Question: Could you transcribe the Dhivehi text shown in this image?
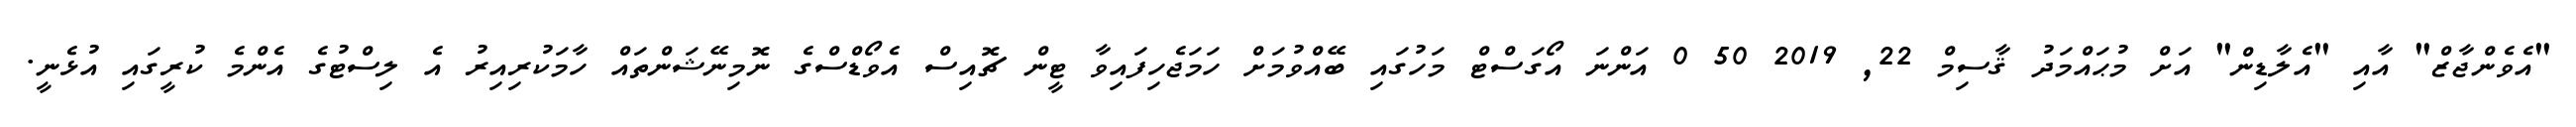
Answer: "އެވެންޖާޒް" އާއި "އެލާޑިން" އަށް މުޙައްމަދު ޤާސިމް 22, 2019 50 0 އަންނަ އޯގަސްޓް މަހުގައި ބޭއްވުމަށް ހަމަޖެހިފައިވާ ޓީން ޗޮއިސް އެވޯޑްސްގެ ނޮމިނޭޝަންތައް ހާމަކުރިއިރު އެ ލިސްޓުގެ އެންމެ ކުރީގައި އުޅެނީ.